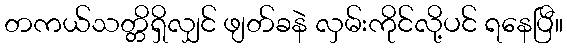
တကယ်သတ္တိရှိလျှင် ဖျတ်ခနဲ လှမ်းကိုင်လို့ပင် ရနေပြီ။